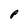
Character: P